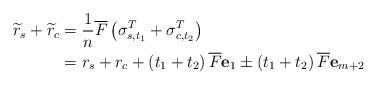
LaTeX: \begin{align*}\widetilde{r}_{s}+\widetilde{r}_{c} & =\frac{1}{n}\overline{F}\left(\sigma_{s,t_{1}}^{T}+\sigma_{c,t_{2}}^{T}\right) \\& = r_{s}+r_{c} +\left( t_{1}+t_{2}\right) \overline{F} \mathbf{e}_{1} \pm \left(t_{1}+t_{2}\right) \overline{F} \mathbf{e}_{m+2}\end{align*}